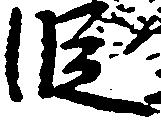
段